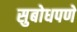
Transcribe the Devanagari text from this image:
सुबोधपणे